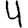
Digit: 4